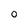
Character: 0